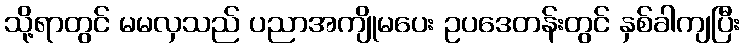
သို့ရာတွင် မမလှသည် ပညာအကျိုမပေး ဥပဒေတန်းတွင် နှစ်ခါကျပြီး